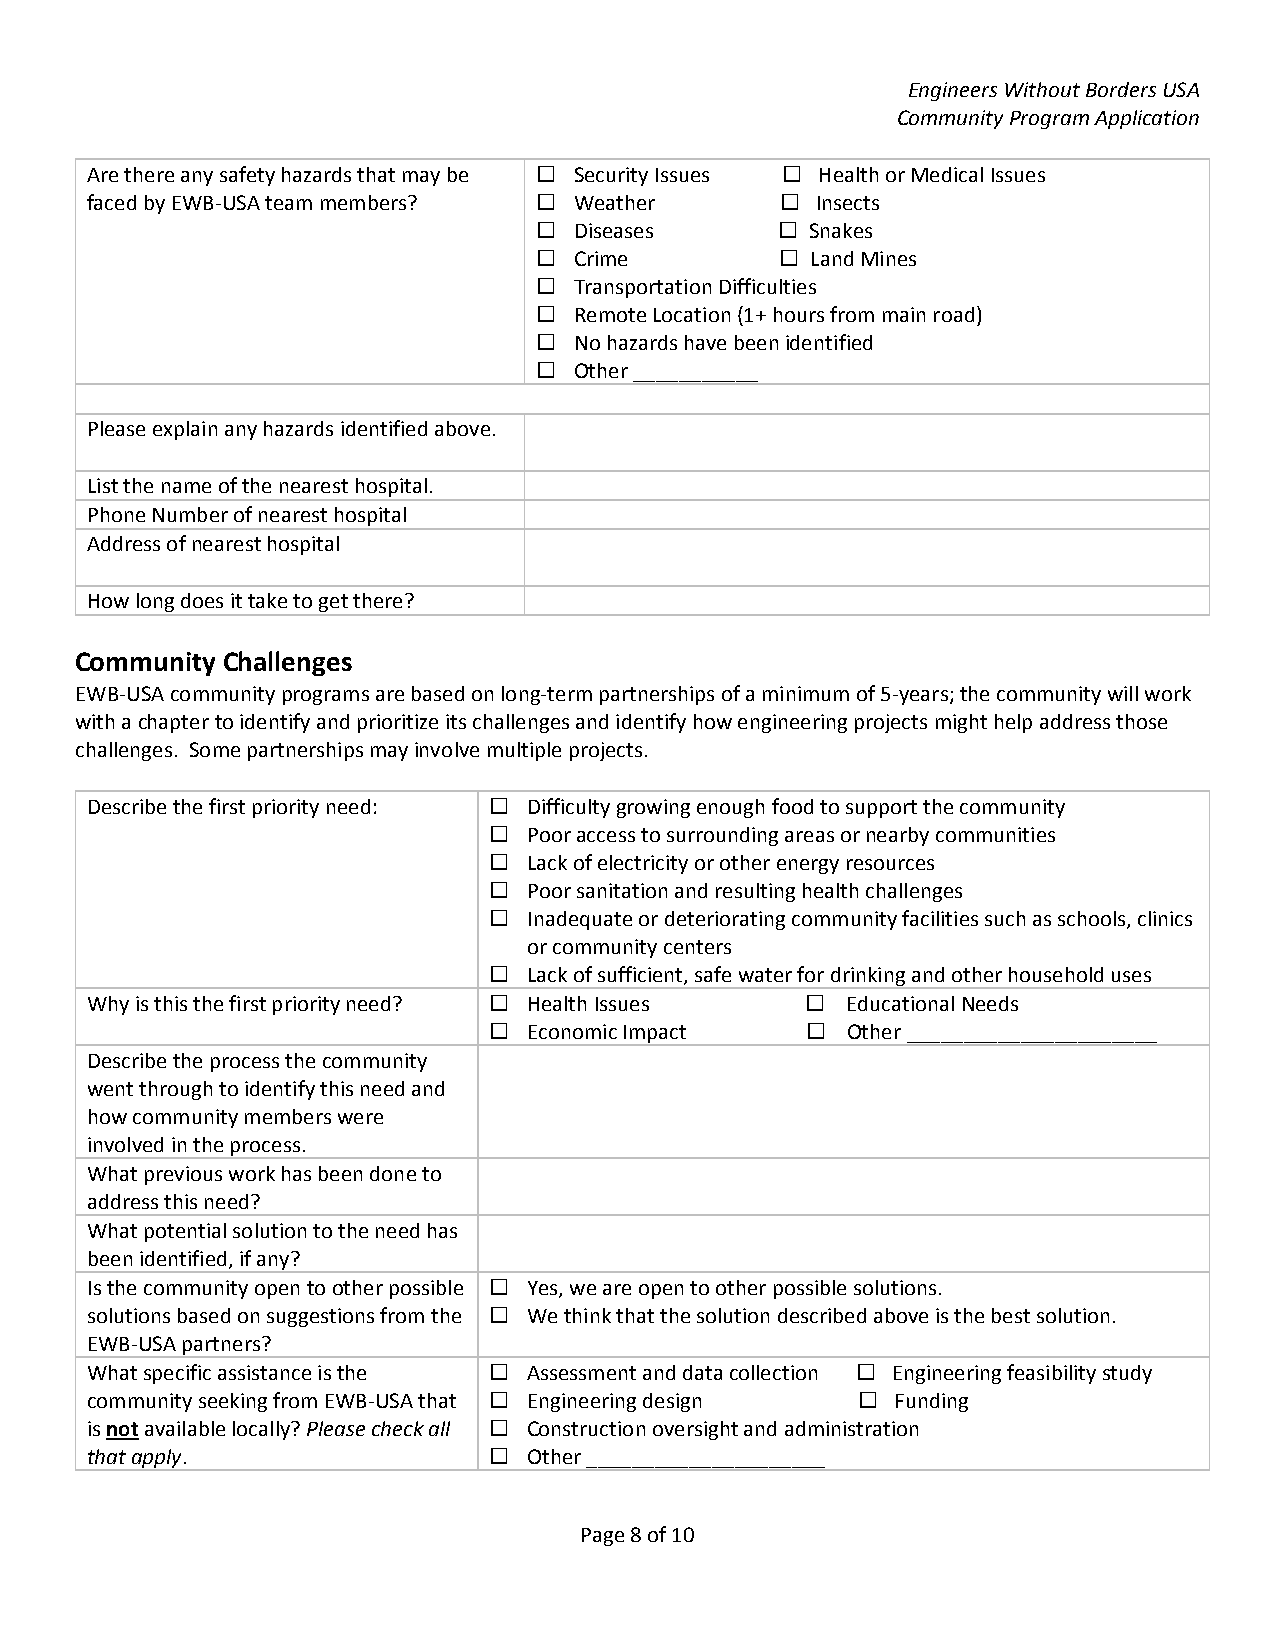
Engineers Without Borders USA
 Community Program Application
 Are there any safety hazards that may be  Security Issues  Health or Medical Issues
 faced by EWB‐USA team members?  Weather       Insects
  Diseases       Snakes
  Crime          Land Mines
  Transportation Difficulties
  Remote Location (1+ hours from main road)
  No hazards have been identified
  Other ___________
 Please explain any hazards identified above.
 List the name of the nearest hospital.
 Phone Number of nearest hospital
 Address of nearest hospital
 How long does it take to get there?
 Community Challenges
 EWB‐USA community programs are based on long‐term partnerships of a minimum of 5‐years; the community will work
 with a chapter to identify and prioritize its challenges and identify how engineering projects might help address those
 challenges. Some partnerships may involve multiple projects.
 Describe the first priority need:  Difficulty growing enough food to support the community
   Poor access to surrounding areas or nearby communities
   Lack of electricity or other energy resources
   Poor sanitation and resulting health challenges
   Inadequate or deteriorating community facilities such as schools, clinics
 or community centers
   Lack of sufficient, safe water for drinking and other household uses
 Why is this the first priority need?  Health Issues  Educational Needs
   Economic Impact     Other ______________________
 Describe the process the community
 went through to identify this need and
 how community members were
 involved in the process.
 What previous work has been done to
 address this need?
 What potential solution to the need has
 been identified, if any?
 Is the community open to other possible  Yes, we are open to other possible solutions.
 solutions based on suggestions from the  We think that the solution described above is the best solution.
 EWB‐USA partners?
 What specific assistance is the  Assessment and data collection  Engineering feasibility study
 community seeking from EWB‐USA that  Engineering design  Funding
 is not available locally? Please check all  Construction oversight and administration
 that apply.                 Other _____________________
 Page 8 of 10